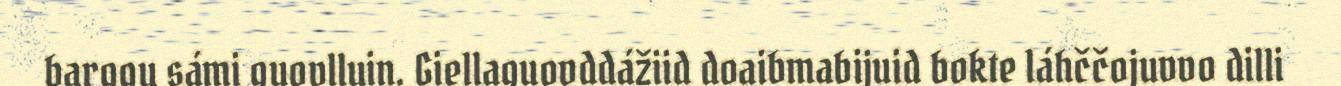
barggu sámi guovlluin. Giellaguovddážiid doaibmabijuid bokte láhččojuvvo dilli